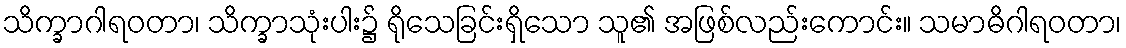
သိက္ခာဂါရဝတာ၊ သိက္ခာသုံးပါး၌ ရိုသေခြင်းရှိသော သူ၏ အဖြစ်လည်းကောင်း။ သမာဓိဂါရဝတာ၊